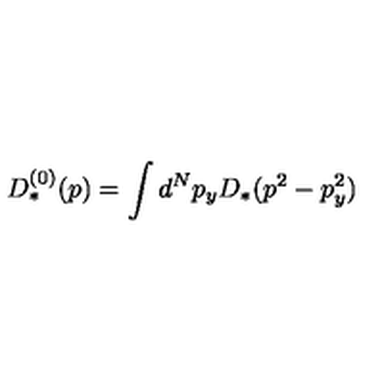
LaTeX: D _ { * } ^ { ( 0 ) } ( p ) = \int d ^ { N } p _ { y } D _ { * } ( p ^ { 2 } - p _ { y } ^ { 2 } )